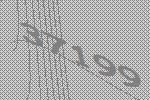
37199